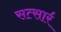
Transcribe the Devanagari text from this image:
सत्सार॔